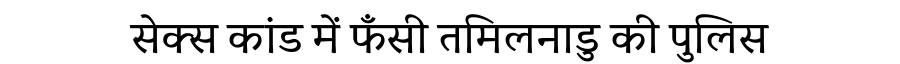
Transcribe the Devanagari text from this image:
सेक्स कांड में फँसी तमिलनाडु की पुलिस